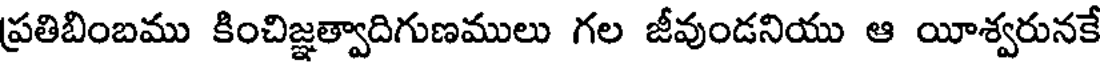
ప్రతిబింబము కించిజ్ఞత్వాదిగుణములు గల జీవుండనియు ఆ యీశ్వరునకే